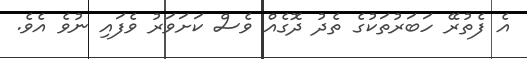
އެ ފެތުރޭ ހަބަރުތަކުގެ ތެދު ދޮގެއް ވެސް ކަށަވަރު ވެފައި ނުވެ އެވެ.